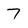
Character: 7